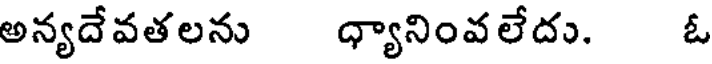
అన్యదేవతలను ధ్యానింవలేదు. ఓ